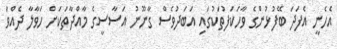
އެހެނީ އެފަދަ ބޭފުޅުންގެ ވާހަކަފުތަކުގައި އަބަދުވެސް ގާނޫނު އަސާސީގެ މާއްދާތަކަށް ހަވާލާ ދެއްވަ